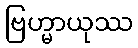
ဗြဟ္မာယုဿ